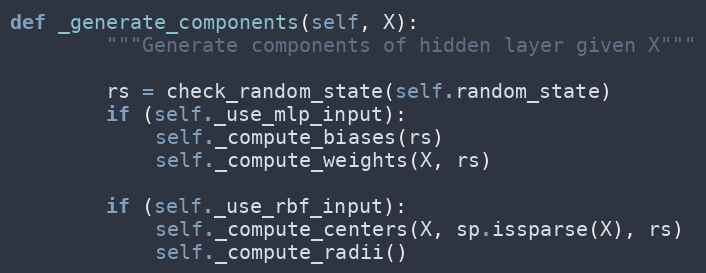
Language: Python
def _generate_components(self, X):
        """Generate components of hidden layer given X"""

        rs = check_random_state(self.random_state)
        if (self._use_mlp_input):
            self._compute_biases(rs)
            self._compute_weights(X, rs)

        if (self._use_rbf_input):
            self._compute_centers(X, sp.issparse(X), rs)
            self._compute_radii()